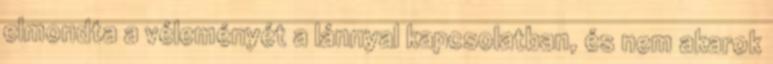
elmondta a véleményét a lánnyal kapcsolatban, és nem akarok